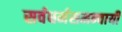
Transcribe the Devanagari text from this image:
सर्वधर्मसमन्‍वायी